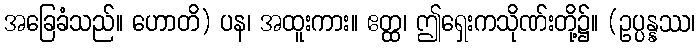
အခြေခံသည်။ ဟောတိ) ပန၊ အထူးကား။ ဧတ္ထ၊ ဤရှေးကသိုဏ်းတို့၌။ (ဥပ္ပန္နဿ၊